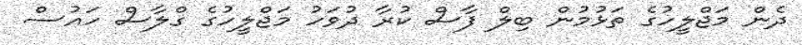
ދެން މަޖްލީހުގެ ތަޅުމުން ބިލް ފާސް ކުރާ ދުވަހު މަޖްލީހުގެ ގްލާސް ހައުސް